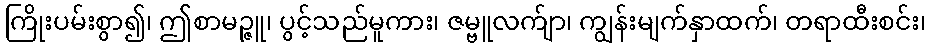
ကြိုးပမ်းစွာ၍၊ ဤစာမဉ္ဇူ၊ ပွင့်သည်မူကား၊ ဇမ္ဗူလက်ျာ၊ ကျွန်းမျက်နှာထက်၊ တရာထီးစင်း၊